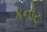
કનોટ